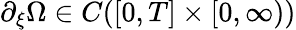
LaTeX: \partial_{\xi}\Omega\in C([0,T]\times[0,\infty))